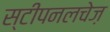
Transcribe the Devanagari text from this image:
स्टीपनलचेज़